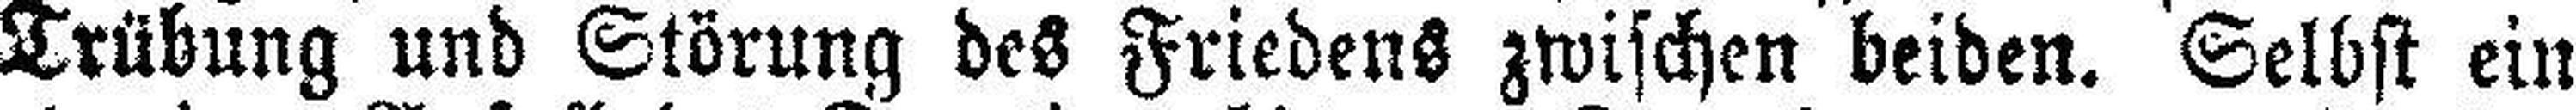
Trübung und Störung des Friedens zwischen beiden. Selbst ein